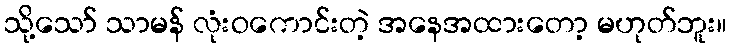
သို့သော် သာမန် လုံးဝကောင်းတဲ့ အနေအထားတော့ မဟုတ်ဘူး။